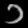
Digit: ၁